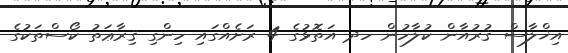
އިޚްލާސް ޤުރުއާން ކުލާހުން ހދ އަތޮޅުގެ 4 ރަށެއްގައި ހިންގި ޤިރާޢަތު ކޯސްތަކުގެ